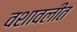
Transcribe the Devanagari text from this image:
वशावलीत